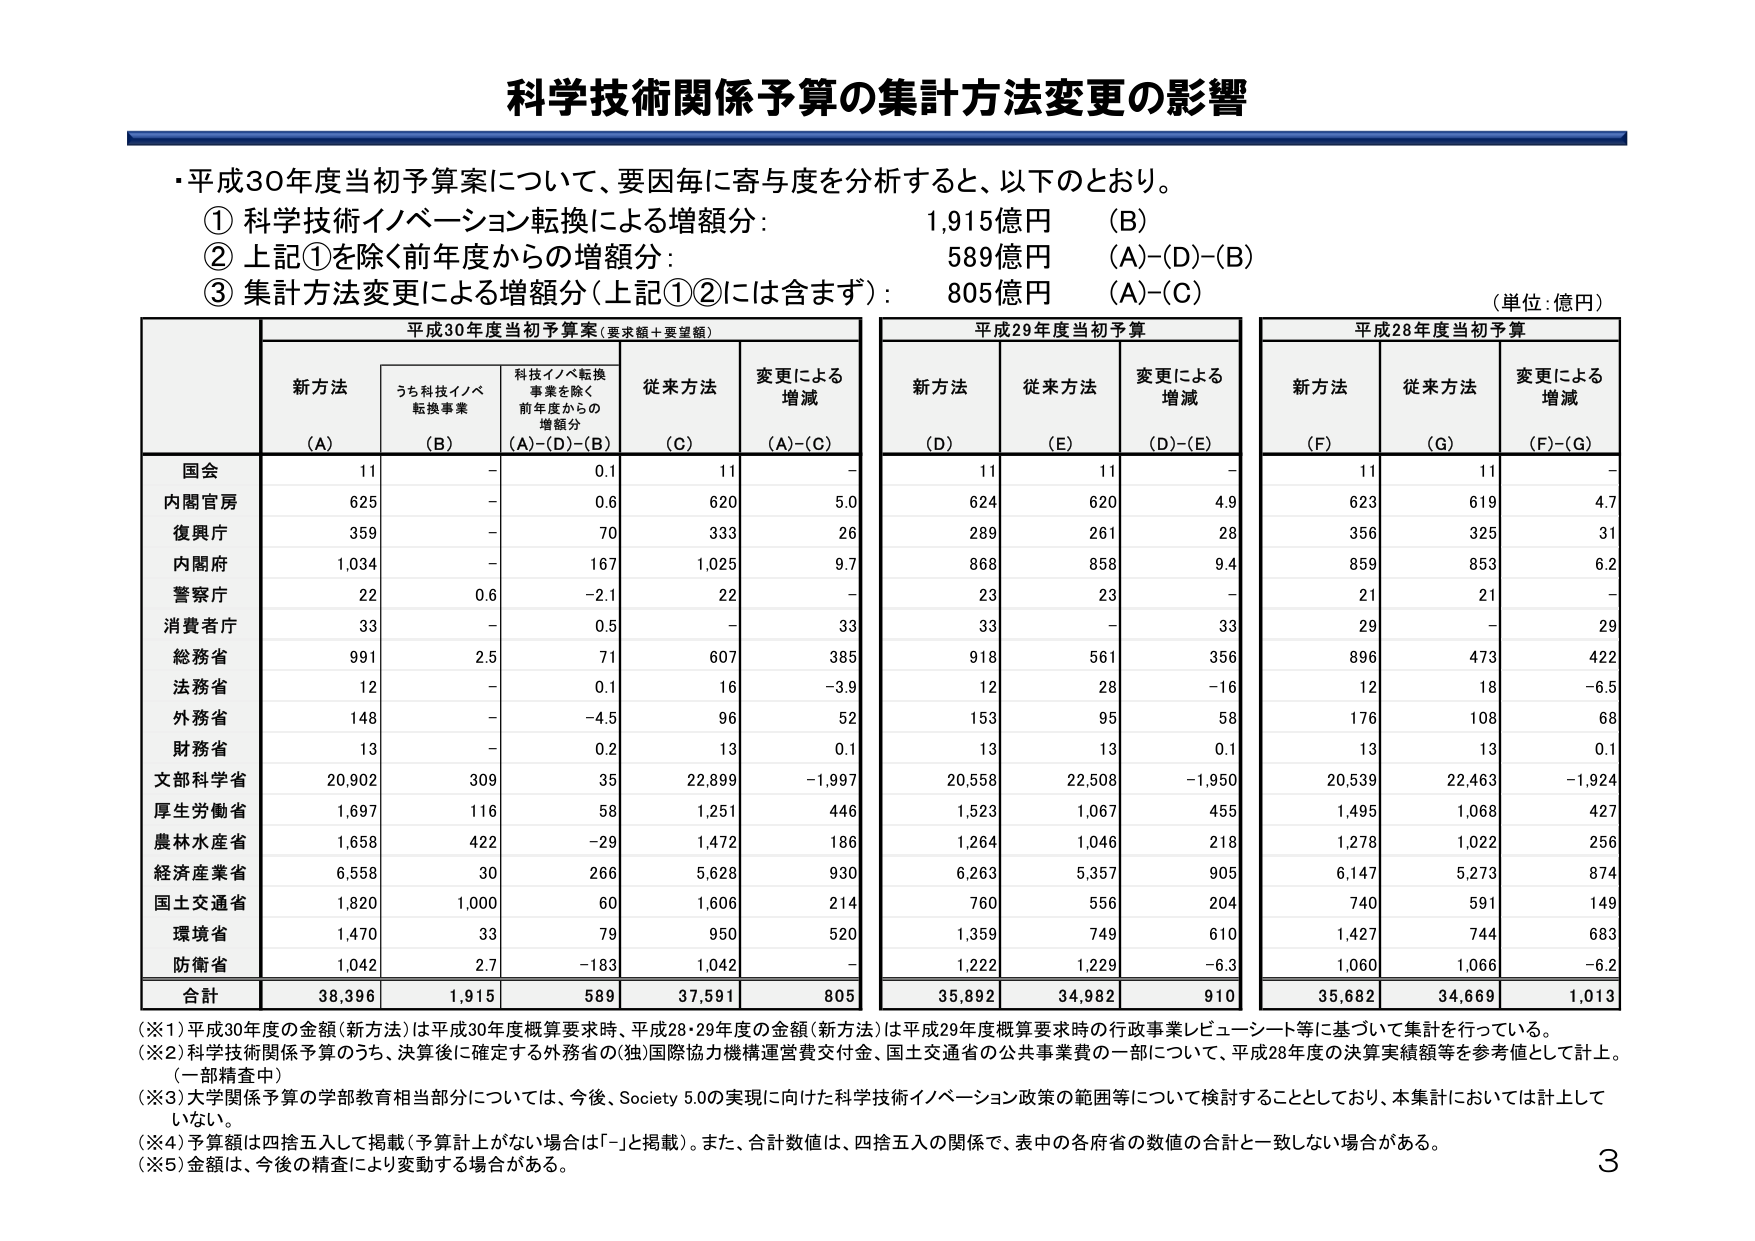
科学技術関係予算の集計方法変更の影響

・平成30年度当初予算案について、要因毎に寄与度を分析すると、以下のとおり。
① 科学技術イノベーション転換による増額分： 1,915億円 （B）
② 上記①を除く前年度からの増額分： 589億円 （A）－（D）－（B）
③ 集計方法変更による増額分（上記①②には含まず）： 805億円 （A）－（C）

（単位：億円）

平成30年度当初予算案（要求額＋要望額） 平成29年度当初予算 平成28年度当初予算

新方法 うち科技イノベ 科技イノベ転換 従来方法 変更による 新方法 従来方法 変更による 新方法 従来方法 変更による
転換事業 事業を除く 増減 増減 増減
前年度からの （A） （B） （A）－（D）－（B） （C） （A）－（C） （D） （E） （D）－（E） （F） （G） （F）－（G）

国会 11 － 0.1 11 － 11 11 － 11 11 －
内閣官房 625 － 0.6 620 5.0 624 620 4.9 623 619 4.7
復興庁 359 － 70 333 26 289 261 28 356 325 31
内閣府 1,034 － 167 1,025 9.7 868 858 9.4 859 853 6.2
警察庁 22 0.6 －2.1 22 － 23 23 － 21 21 －
消費者庁 33 － 0.5 － 33 33 － 33 29 － 29
総務省 991 2.5 71 607 385 918 561 356 896 473 422
法務省 12 － 0.1 16 －3.9 12 28 －16 12 18 －6.5
外務省 148 － －4.5 96 52 153 95 58 176 108 68
財務省 13 － 0.2 13 0.1 13 13 0.1 13 13 0.1
文部科学省 20,902 309 35 22,899 －1,997 20,558 22,508 －1,950 20,539 22,463 －1,924
厚生労働省 1,697 116 58 1,251 446 1,523 1,067 455 1,495 1,068 427
農林水産省 1,658 422 －29 1,472 186 1,264 1,046 218 1,278 1,022 256
経済産業省 6,558 30 266 5,628 930 6,263 5,357 905 6,147 5,273 874
国土交通省 1,820 1,000 60 1,606 214 760 556 204 740 591 149
環境省 1,470 33 79 950 520 1,359 749 610 1,427 744 683
防衛省 1,042 2.7 －183 1,042 － 1,222 1,229 －6.3 1,060 1,066 －6.2

合計 38,396 1,915 589 37,591 805 35,892 34,982 910 35,682 34,669 1,013

（※1）平成30年度の金額（新方法）は平成30年度概算要求時、平成28・29年度の金額（新方法）は平成29年度概算要求時の行政事業レビュー・シート等に基づいて集計を行っている。
（※2）科学技術関係予算のうち、決算後に確定する外務省の（独）国際協力機構運営費交付金、国土交通省の公共事業費の一部について、平成28年度の決算実績額等を参考値として計上。（一部精査中）
（※3）大学関係予算の学部教育相当部分については、今後、Society 5.0の実現に向けた科学技術イノベーション政策の範囲等について検討することとしており、本集計においては計上していない。
（※4）予算額は四捨五入して掲載（予算計上がない場合は「－」と掲載）。また、合計数値は、四捨五入の関係で、表中の各府省の数値の合計と一致しない場合がある。
（※5）金額は、今後の精査により変動する場合がある。

3